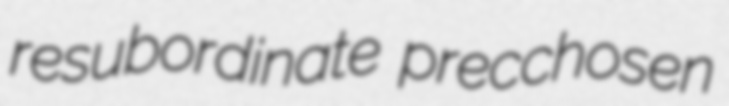
resubordinate precchosen